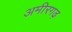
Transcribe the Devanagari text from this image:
अमीरगढ़